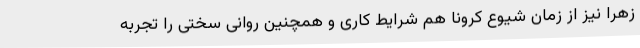
زهرا نیز از زمان شیوع کرونا هم شرایط کاری و همچنین روانی سختی را تجربه